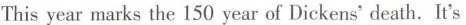
This year marks the 150 year of Dickens'death.It's